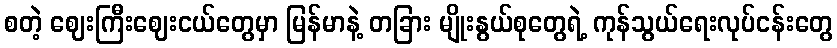
စတဲ့ ဈေးကြီးဈေးငယ်တွေမှာ မြန်မာနဲ့ တခြား မျိုးနွယ်စုတွေရဲ့ ကုန်သွယ်ရေးလုပ်ငန်းတွေ